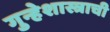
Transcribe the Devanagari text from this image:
गुन्हेशास्त्राची